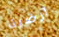
أرضية